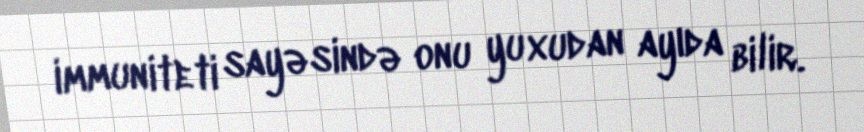
immuniteti sayəsində onu yuxudan ayıda bilir.